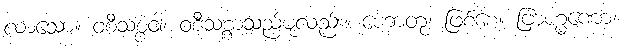
လာသော။ ဝစီသစ္စံဝါ၊ ဝစီသစ္စာသည်မူလည်း။ ဟောတု၊ ဖြစ်စေ။ ဗြာဟ္မဏော၊